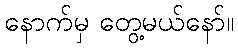
နောက်မှ တွေ့မယ်နော်။